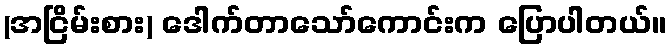
(အငြိမ်းစား) ဒေါက်တာသော်ကောင်းက ပြောပါတယ်။